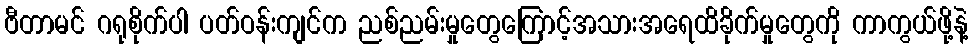
ဗီတာမင် ဂရုစိုက်ပါ ပတ်ဝန်းကျင်က ညစ်ညမ်းမှုတွေကြောင့်အသားအရေထိခိုက်မှုတွေကို ကာကွယ်ဖို့နဲ့